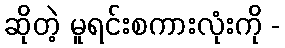
ဆိုတဲ့ မူရင်းစကားလုံးကို -